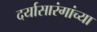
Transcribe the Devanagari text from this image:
दर्यासारंगांच्या